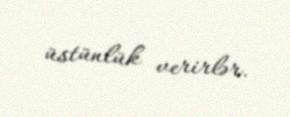
üstünlük verirlər.